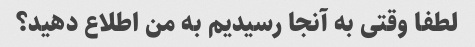
لطفا وقتی به آنجا رسیدیم به من اطلاع دهید؟